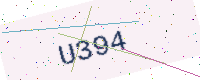
Text: U394